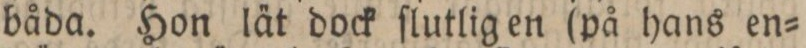
båda. Hon lät dock ſlutlig en (på hans en=